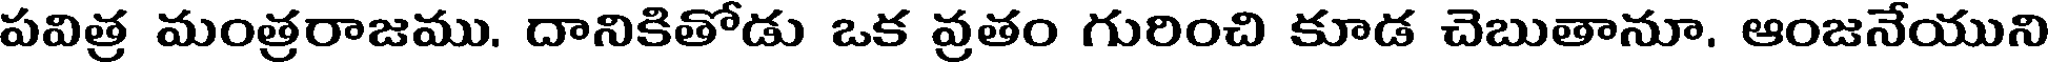
పవిత్ర మంత్రరాజము, దానికితోడు ఒక వ్రతం గురించి కూడ చెబుతానూ, ఆంజనేయుని